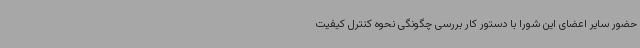
حضور سایر اعضای این شورا با دستور کار بررسی چگونگی نحوه کنترل کیفیت